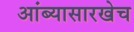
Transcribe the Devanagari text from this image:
आंब्यासारखेच